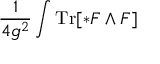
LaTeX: { \frac { 1 } { 4 g ^ { 2 } } } \int \operatorname { T r } [ * F \wedge F ]